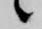
候